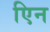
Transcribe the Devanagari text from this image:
एिन